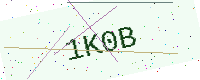
Text: 1K0B